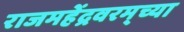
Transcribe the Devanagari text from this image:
राजमहेंद्रवरम्‌च्या